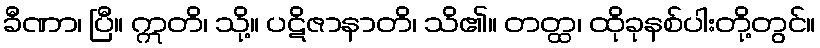
ခီဏာ၊ ပြီ။ ဣတိ၊ သို့။ ပဋိဇာနာတိ၊ သိ၏။ တတ္ထ၊ ထိုခုနစ်ပါးတို့တွင်။